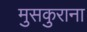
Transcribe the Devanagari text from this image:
मुसकुराना